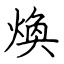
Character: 煥